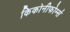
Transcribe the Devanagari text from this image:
किकोनीफोर्म्स